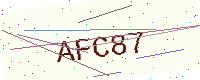
Text: AFC87